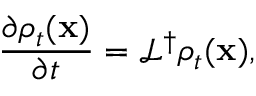
\frac { \partial \rho _ { t } ( \mathbf { x } ) } { \partial t } = \mathcal { L } ^ { \dagger } \rho _ { t } ( \mathbf { x } ) ,